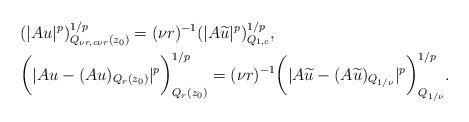
LaTeX: \begin{align*} \begin{aligned} &(|A u|^p)^{1/p}_{Q_{\nu r, c \nu r} (z_0)} = (\nu r)^{-1} (|A \widetilde u|^p)^{1/p}_{Q_{1, c} },\\ & \bigg(|A u - (A u)_{Q_r (z_0)}|^p\bigg)^{1/p}_{Q_r (z_0)}= (\nu r)^{-1} \bigg(|A \widetilde u - (A\widetilde u)_{ Q_{1/\nu}}|^p\bigg)_{ Q_{1/\nu}}^{1/p}. \end{aligned}\end{align*}